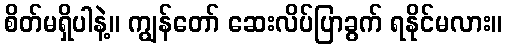
စိတ်မရှိပါနဲ့။ ကျွန်တော် ဆေးလိပ်ပြာခွက် ရနိုင်မလား။